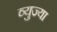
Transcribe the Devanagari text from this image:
व्युज्या